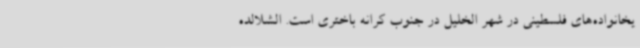
یخانواده‌های فلسطینی در شهر الخلیل در جنوب کرانه باختری است. الشلالده